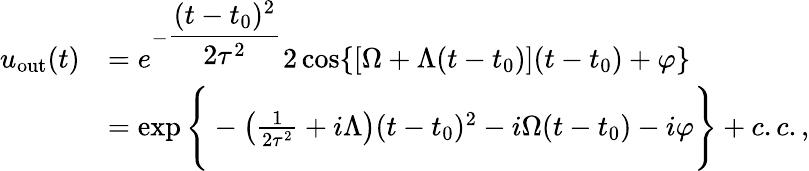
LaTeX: \begin{array}{rl}{u_{\mathrm{out}}(t)}&{=e^{-\displaystyle\frac{(t-t_{0})^{2}}{2\tau^{2}}}2\cos\{ [\Omega+\Lambda(t-t_{0})](t-t_{0})+\varphi\} }\\ &{=\exp\Bigg\{ -\left(\frac{1}{2\tau^{2}}+i\Lambda\right)(t-t_{0})^{2}-i\Omega(t-t_{0})-i\varphi\Bigg\} +c.c.,}\end{array}